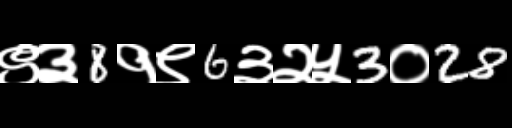
Text: ९३8१९6३२५3०28